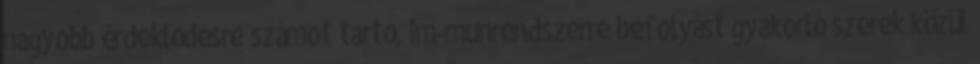
nagyobb érdeklődésre számot tartó, im-munrendszerre befolyást gyakorló szerek közül